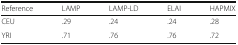
| Reference | LAMP | LAMP-LD | ELAI | HAPMIX |
 | --- | --- | --- | --- | --- |
 | CEU | .29 | .24 | .24 | .28 |
 | YRI | .71 | .76 | .76 | .72 |